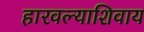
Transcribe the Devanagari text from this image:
हारवल्याशिवाय